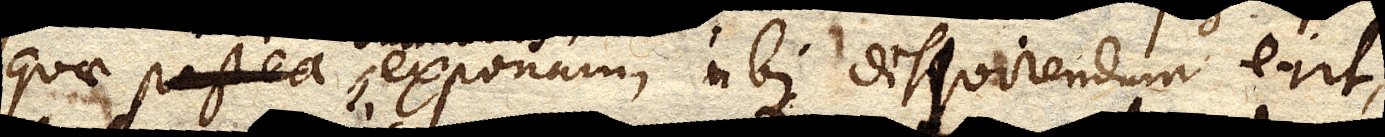
Quae postea exponam, ubi disquirendum erit,